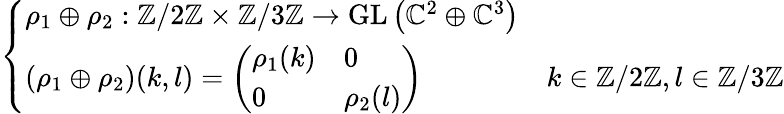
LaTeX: \left\{ \begin{array}{ll}{\rho_{1}\oplus\rho_{2}:\mathbb{Z}/2\mathbb{Z}\times\mathbb{Z}/3\mathbb{Z}\to{\mathrm{GL}}\left(\mathbb{C}^{2}\oplus\mathbb{C}^{3}\right)}\\ {\left(\rho_{1}\oplus\rho_{2}\right)(k,l)={\left(\begin{array}{ll}{\rho_{1}(k)}&{0}\\ {0}&{\rho_{2}(l)}\end{array}\right)}}&{k\in\mathbb{Z}/2\mathbb{Z},l\in\mathbb{Z}/3\mathbb{Z}}\end{array}\right.